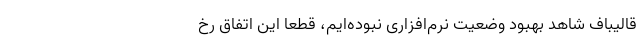
قالیباف شاهد بهبود وضعیت نرم‌افزاری نبوده‌ایم، قطعاً این اتفاق رخ